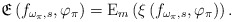
\begin{align*}\mathfrak{E}\left(f_{\omega_\pi,s},\varphi_{\pi}\right) = \mathrm{E}_{m}\left(\xi\left(f_{\omega_\pi,s},\varphi_{\pi}\right)\right).\end{align*}